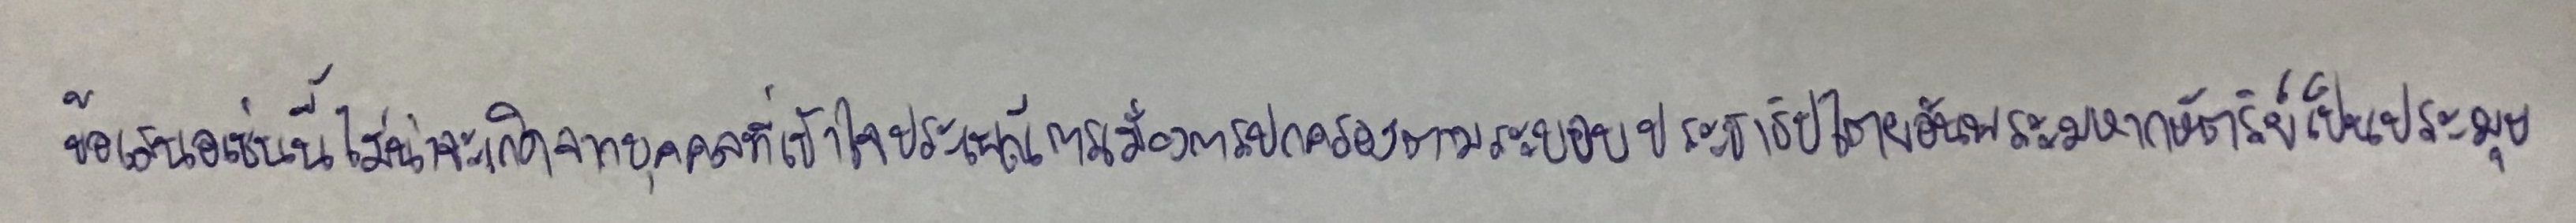
ข้อเสนอเช่นนี้ไม่น่าจะเกิดจากบุคคลที่เข้าใจประเพณีการเมืองการปกครองตามระบอบประชาธิปไตยอันพระมหากษัตริย์เป็นประมุข